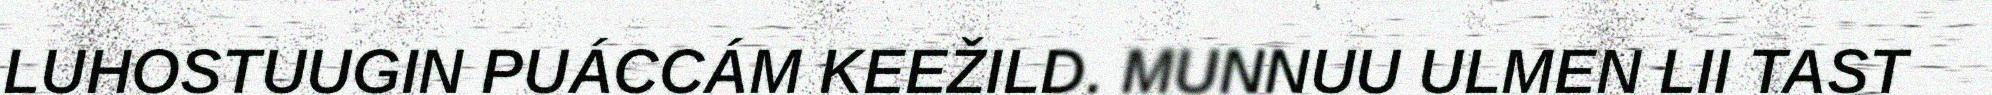
LUHOSTUUGIN PUÁCCÁM KEEŽILD. MUNNUU ULMEN LII TAST